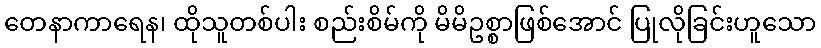
တေနာကာရေန၊ ထိုသူတစ်ပါး စည်းစိမ်ကို မိမိဥစ္စာဖြစ်အောင် ပြုလိုခြင်းဟူသော